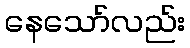
နေသော်လည်း